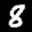
Label: 8